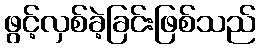
ဖွင့်လှစ်ခဲ့ခြင်းဖြစ်သည်